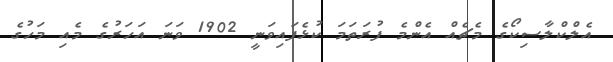
އެލްކްލާސިކޯގެ މެޗެއް އެންމެ ފުރަތަމަ ކުޅެފައިވަނީ 1902 ވަނަ އަހަރުގެެ މެއި މަހުގެ